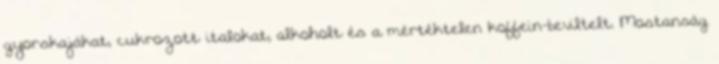
gyorskajákat, cukrozott italokat, alkoholt és a mértéktelen koffein-beviltelt. Mostanság